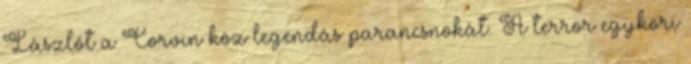
Lászlót a Corvin köz legendás parancsnokát. A terror egykori